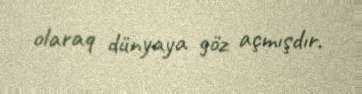
olaraq dünyaya göz açmışdır.